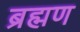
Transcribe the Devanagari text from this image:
ब्रह्मण